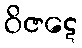
ဝိဇဋေ